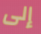
إلى